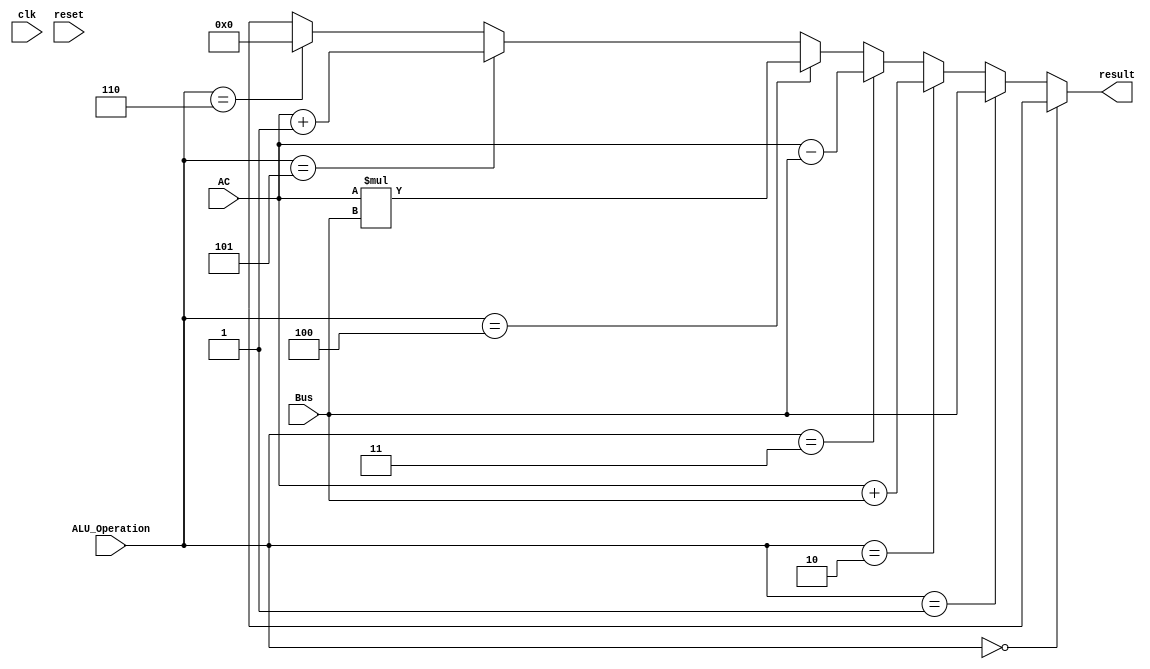
module ALU 
#( parameter reg_width=12 )
(
	input clk,reset,
	input [2:0] ALU_Operation, // comes from the control unit
	input [reg_width-1:0] AC,Bus, // data from AC and Bus
	// output reg [reg_width-1:0] result,// output to AC
	// output reg Zflag
	output [reg_width-1:0] result
	// output reg Zflag //moving z flag to ac
);

localparam IDLE = 3'b000,
           Pass = 3'b001,
           Add = 3'b010,
           Sub = 3'b011,
           Mul = 3'b100,
           Plus1 = 3'b101,
           Zero = 3'b110;

//combiinational part


assign result =(ALU_Operation == IDLE) ? 12'bx : 
           			(ALU_Operation == Pass) ? Bus :
					(ALU_Operation == Add) ? AC + Bus :
					(ALU_Operation == Sub) ? AC - Bus :
					(ALU_Operation == Mul) ? AC*Bus :
					(ALU_Operation == Plus1) ? AC+12'b000000000001 :
					(ALU_Operation == Zero) ? 12'b000000000000 :
           			12'bx;

/*
//moving z flag to ac
always@(result) 
begin
	if (ALU_Operation == Sub)
	begin
	if(result == 12'b000000000000)
		begin
		Zflag =  1'b1;
		$display("inside a z flag zero operation result is zero");
		end
	else
		begin
		Zflag =  1'b0;
		$display("inside z lfag result not zero");
		end
	end
end
*/
				   
//combiinational part ends here

//   always @( reset,ALU_Operation ) 
//   begin
// 		if (reset) 
// 			begin			
// 				result = 12'b000000000000;
// 				Zflag = 1'b0;
// 			end		
			
// 		else      

// 			begin
// 				case(ALU_Operation)
// 					IDLE :
// 						result = 12'bx;
// 					Pass:
// 						result = Bus;						
// 					Add:
// 						result = AC + Bus;
// 					Sub:
// 						result = AC - Bus;
// 					Mul:
// 						result = AC*Bus;
// 					Plus1:
// 						result = AC+12'b000000000001;
// 					Zero:
// 						result = 12'b000000000000;
// 					default:
// 						result = 12'bx;
// 				endcase
// 			end
			
// 		if (result==12'b000000000000)
// 			Zflag = 1'b1;
// 		else
// 			Zflag = 1'b0;
			
// 	end
	endmodule

/*module add_sub
#(parameter reg_width=12) // TO DO: Need to deside the bit size for data
(
	input signed [reg_width-1:0] dataa,
	input signed [reg_width-1:0] datab,
	input add_sub,	  // if this is 1, add; else subtract
	output reg [reg_width-1:0] result,
	output reg Zflag
);
	
	if (add_sub)
		result = dataa + datab;
	else
		begin
		result = dataa - datab;
		if (result==12'b000000000000)
			Zflag=1'b1;
		else
			Zflag=1'b0;
		end
	

endmodule


module Mul
#(parameter reg_width=12)      // TO DO: Need to deside the bit size for data
(
	input signed [reg_width-1:0] dataa,
	input signed [reg_width-1:0] datab,
	output reg signed [reg_width-1:0] dataout
);

	// Declare input and output registers
	reg signed [reg_width-1:0] dataa_reg;
	reg signed [reg_width-1:0] datab_reg;
	wire signed [reg_width-1:0] mult_out;

	// Store the result of the multiply
	assign dataout = dataa * datab;

	// Update data
	
	dataa_reg = dataa;
	datab_reg = datab;
	dataout = mult_out;
	

endmodule

module increment         // TO DO: Need to deside the bit size for data
#(parameter reg_width = 12) // did not consider the  data overflows
(
	input signed wire [reg_width-1:0] AC,
    output signed reg [reg_width-1:0] inc_out
);
	assign inc_out = AC + 1;
	
endmodule

module pass
#(parameter reg_width = 12)
(
    input wire [reg_width-1:0] bus_out, //reg_width is the number of bits for data
	output wire [reg_width-1:0] AC_in  // TO DO: Need to deside the bit size for data
)
    assign AC_in = bus_out;

endmodule

//TODO not completed
module Idle 
#(parameter reg_width = 12)
(

);
always @(posedge clk)
begin
	
end
	
endmodule

module Zero 
#(parameter reg_width = 12)
(
	output wire [reg_width-1:0] AC_zero // TO DO: Need to deside the bit size for data
    
);
(
	
	assign AC_zero = 0;
	
)
endmodule*/